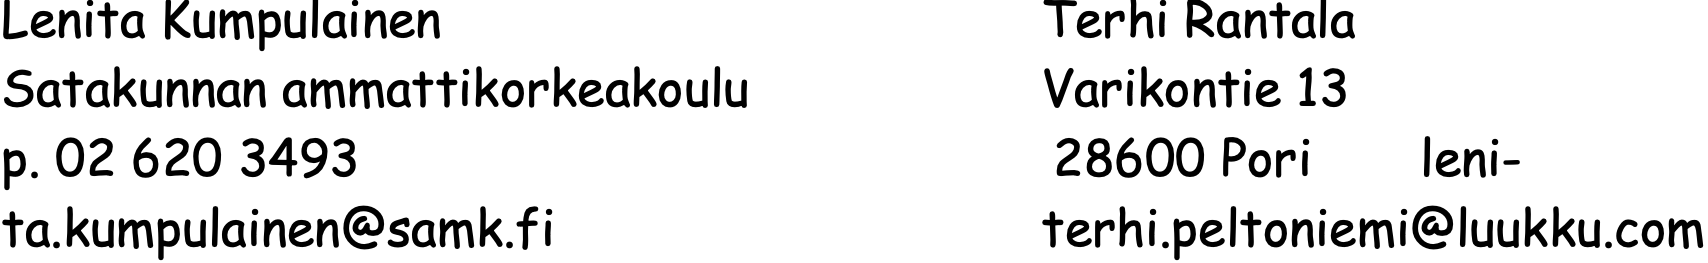
Lenita Kumpulainen                Terhi Rantala Satakunnan ammattikorkeakoulu     Varikontie 13 p. 02 620 3493                    28600 Pori   leni- ta.kumpulainen@samk.fi            terhi.peltoniemi@luukku.com